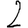
Digit: 2